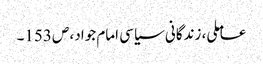
عاملی، زندگانی سیاسی امام جواد، ص153۔